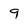
Character: 9